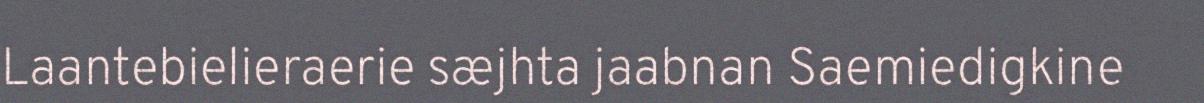
Laantebielieraerie sæjhta jaabnan Saemiedigkine